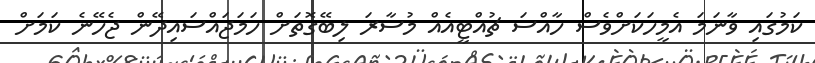
ކަމުގައި ވާނަމަ އެމީހަކަށްވެސް ހާއްސަ ޗުއްޓީއެއް މުސާރަ ލިބޭގޮތަށް ހަމަޖައްސައިދޭން ޖެހޭނެ ކަމަށް